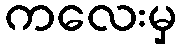
ကလေးမှ